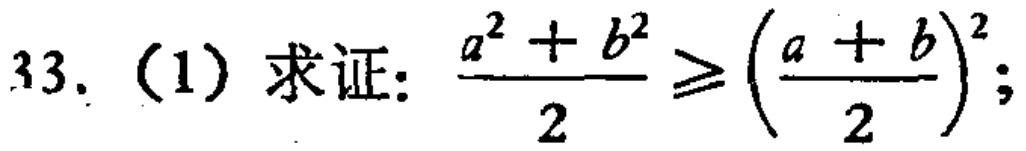
33.（1）求证：\(\frac{a^{2}+b^{2}}{2}\geq(\frac{a + b}{2})^{2}\)；